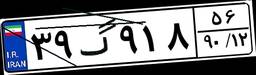
۳۲گ۴۸۱۲۱